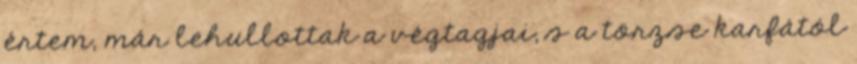
értem, már lehullottak a végtagjai, s a törzse karfától